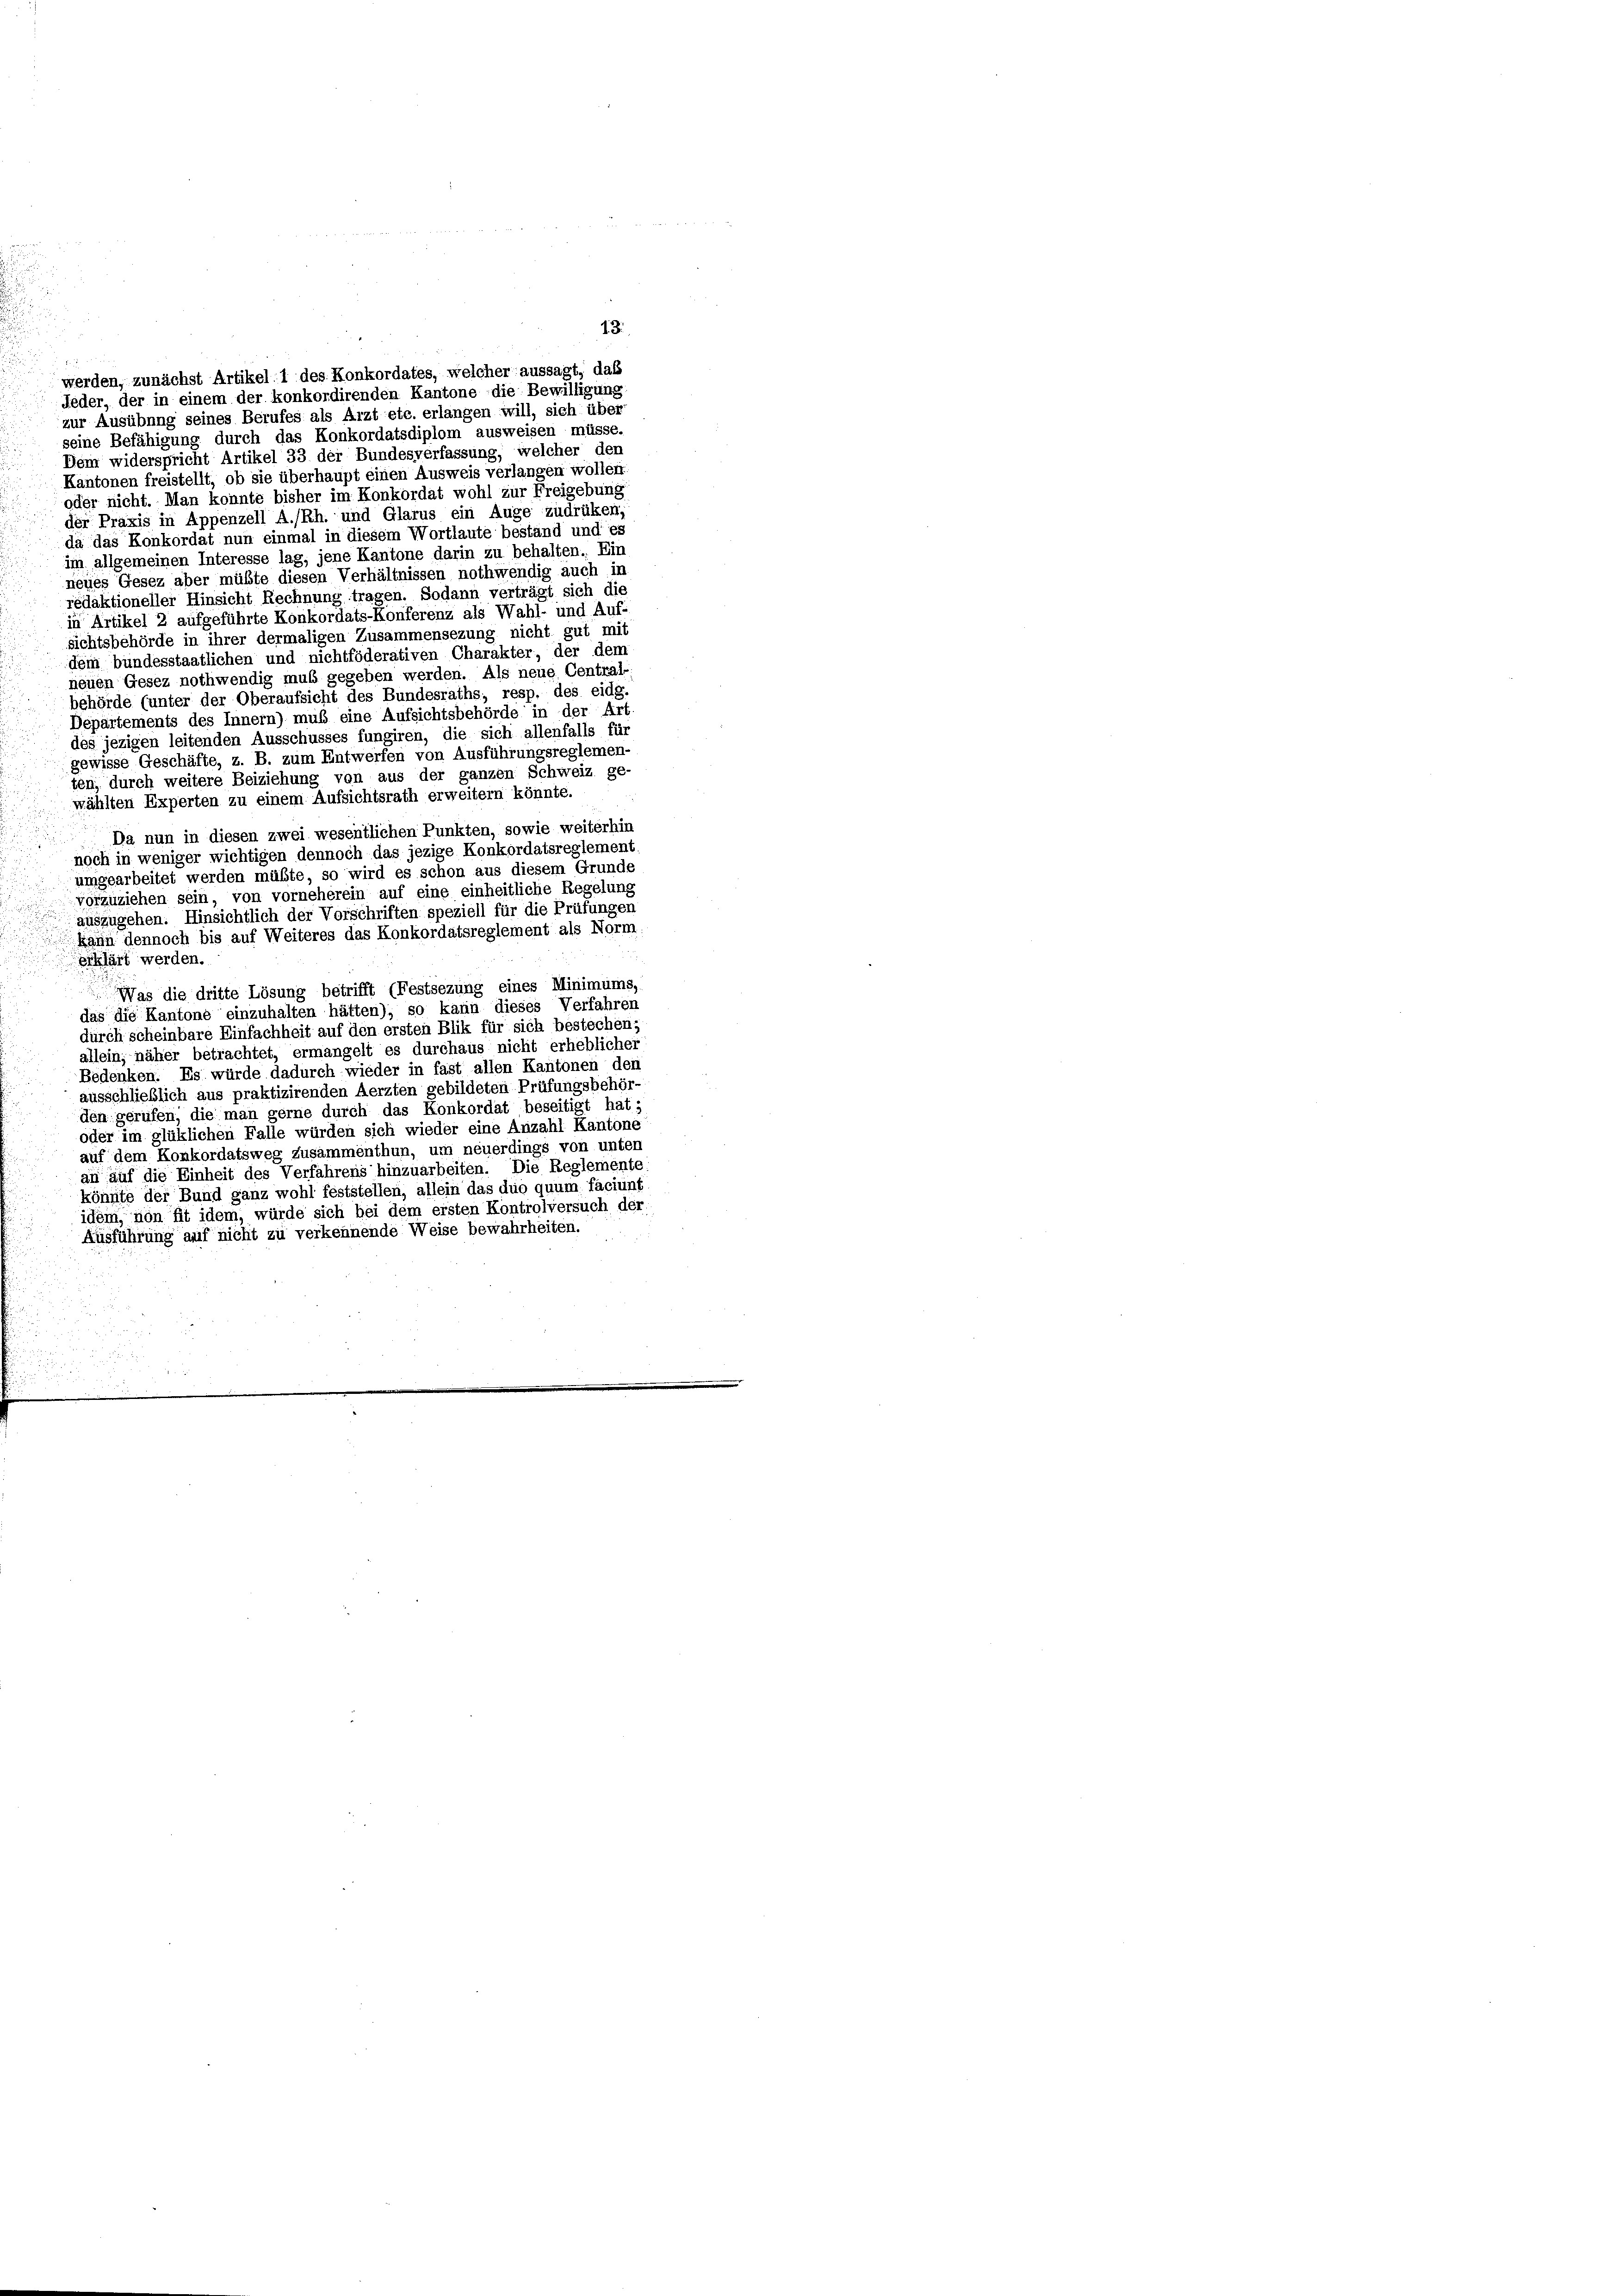
Kantonen freistellt, ob sie überhaupt einen Ausweis verlangen wollen.
oder nicht. Man konnte bisher im Konkordat wohl zur Freigebung
der Praxis in Appenzell A.-Rh. und Glarus ein Auge zudrüken,
da das Konkordat nun einmal in diesem Wortlaute bestand und es
im allgemeinen Interesse lag, jene Kantone darin zu behalten. Ein
neues Gesez aber müßte diesen Verhältnissen nothwendig auch in
redaktioneller Hinsicht Rechnung tragen. Sodann verträgt sich die
in Artikel 2 aufgeführte Konkordats-Konferenz als Wahl- und Auf-
sichtsbehörde in ihrer dermaligen Zusammensezung nicht gut mit
dem bundesstaatlichen und nichtföderativen Charakter, der dem
neuen Gesez nothwendig muß gegeben werden. Als neue Central-
behörde (unter der Oberaufsicht des Bundesraths, resp. des eidg
Departements des Innern) muß eine Aufsichtsbehörde in der Art.
des jezigen leitenden Ausschusses fungiren, die sich allenfalls für
gewisse Geschäfte, z. B. zum Entwerfen von Ausführungsreglemen-
ten, durch weitere Beiziehung von aus der ganzen Schweiz ge-
wählten Experten zu einem Aufsichtsrath erweitern könnte.
Da nun in diesen zwei wesentlichen Punkten, sowie weiterhin
noch in weniger wichtigen dennoch das jezige Konkordatsreglement.
umgearbeitet werden müßte, so wird es schon aus diesem Grunde
vorzuziehen sein, von vorneherein auf eine einheitliche Regelung
auszugehen. Hinsichtlich der Vorschriften speziell für die Prüfungen
kann dennoch bis auf Weiteres das Konkordatsreglement als Norm,
erklärt werden.
Was die dritte Lösung betrifft (Festsezung eines Minimums,
das die Kantone einzuhalten hätten); so kann dieses Verfahren
durch scheinbare Einfachheit auf den ersten Blik für sich bestechen;
allein; näher betrachtet, ermangelt es durchaus nicht erheblicher
Bedenken. Es würde dadurch wieder in fast allen Kantonen den
ausschließlich aus praktizirenden Aerzten gebildeten Prüfungsbehör-
den gerufen, die man gerne durch das Konkordat beseitigt hat;
oder im glüklichen Falle würden sich wieder eine Anzahl Kantone
auf dem Konkordatsweg zusammenthun, um neuerdings von unten
an auf die Einheit des Verfahrens hinzuarbeiten. Die Reglemente
könnte der Bund ganz wohl feststellen, allein das duo quum faciunt
idem, non fit idem, würde sich bei dem ersten Kontrolversuch der
Ausführung auf nicht zu verkennende Weise bewahrheiten.

werden, zunächst Artikel. 1 des Konkordates, welcher aussagt, daß
Jeder, der in einem der konkordirenden Kantone die Bewilligung
zur Ausübung seines Berufes als Arzt etc. erlangen will, sich über
seine Befähigung durch das Konkordatsdiplom ausweisen müsse.
Dem widerspricht Artikel 33 der Bundesverfassung, welcher den

13.